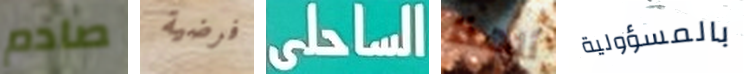
صادم فرضية الساحلى ألهذا بالمسؤولية